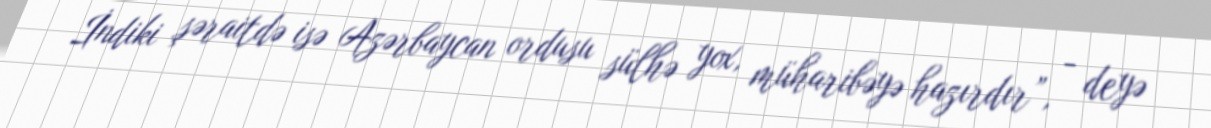
İndiki şəraitdə isə Azərbaycan ordusu sülhə yox, müharibəyə hazırdır”, - deyə